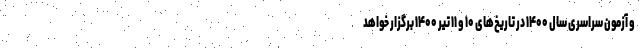
و آزمون سراسری سال ۱۴۰۰ در تاریخ‌های ۱۰ و ۱۱ تیر ۱۴۰۰ برگزار خواهد